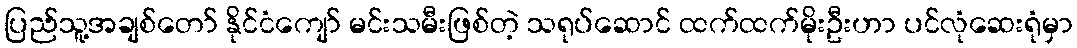
ပြည်သူ့အချစ်တော် နိုင်ငံကျော် မင်းသမီးဖြစ်တဲ့ သရုပ်ဆောင် ထက်ထက်မိုးဦးဟာ ပင်လုံဆေးရုံမှာ